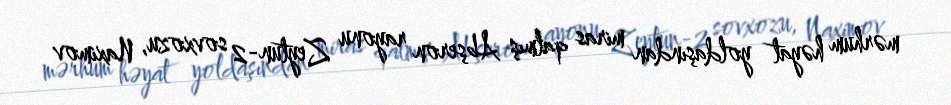
mərhum həyat yoldaşından miras qalmış Abşeron rayonu Zeytun-2 sovxozu, Naximov